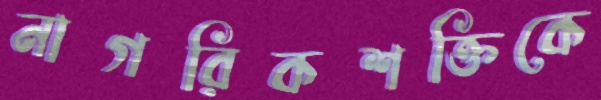
নাগরিকশক্তিকে